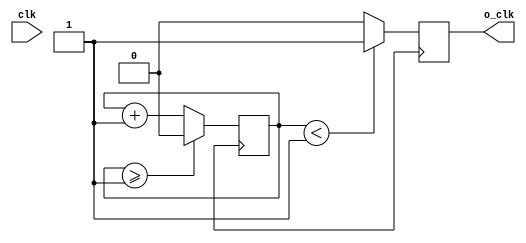
module clock_divider (
    input wire clk, 
    output reg o_clk
);
    parameter DIVISOR = 28'd2;

    always @(posedge clock_in) begin
        counter <= counter + 28'd1;
        if(counter>=(DIVISOR - 1))
            counter <= 28'd0;
        o_clk <= (counter < DIVISOR / 2) ? 1'b1 : 1'b0;
    end
endmodule